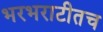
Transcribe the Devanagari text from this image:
भरभराटीतच